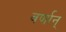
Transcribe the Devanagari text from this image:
वर्णान्